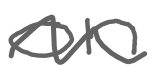
Text: on
Cross-out: wave
Writing tool: digital_gray